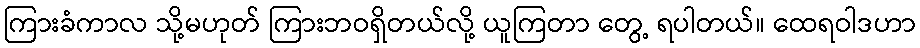
ကြားခံကာလ သို့မဟုတ် ကြားဘဝရှိတယ်လို့ ယူကြတာ တွေ့ ရပါတယ်။ ထေရဝါဒဟာ